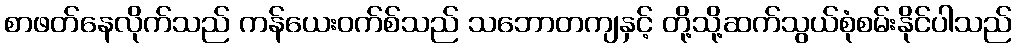
စာဖတ်နေလိုက်သည် ကန်ယေးဝက်စ်သည် သဘောတကျနှင့် တို့သို့ဆက်သွယ်စုံစမ်းနိုင်ပါသည်